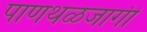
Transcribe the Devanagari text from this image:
पाणथळजागी